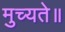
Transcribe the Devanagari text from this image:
मुच्यते॥